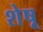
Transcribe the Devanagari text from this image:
शेषू